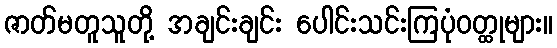
ဇာတ်မတူသူတို့ အချင်းချင်း ပေါင်းသင်းကြပုံဝတ္ထုများ။